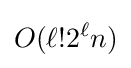
O(\ell !2^{\ell }n)